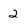
Character: 2